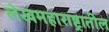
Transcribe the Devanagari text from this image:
लेखमहाराष्ट्रातील